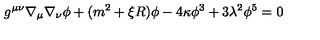
g ^ { \mu \nu } \nabla _ { \mu } \nabla _ { \nu } \phi + ( m ^ { 2 } + \xi R ) \phi - 4 \kappa \phi ^ { 3 } + 3 \lambda ^ { 2 } \phi ^ { 5 } = 0